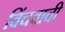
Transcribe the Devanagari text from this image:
विंचवाची